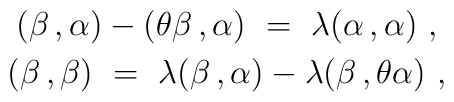
\begin{array}{c}   (\beta \,, \alpha) - (\theta\beta \,, \alpha)~   =~\lambda (\alpha \,, \alpha)~, \\[1mm]   (\beta \,, \beta)~   =~\lambda (\beta \,, \alpha) - \lambda (\beta \,, \theta\alpha)~,  \end{array}